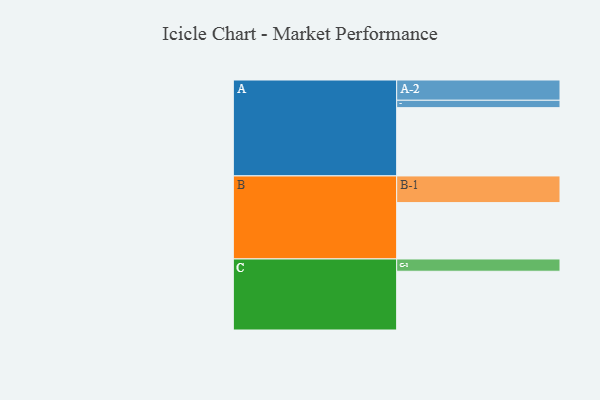
{"axis": {"x": "Segment", "y": "Value"}, "legend": ["", "A", "B", "C"], "data": [{"x": "A", "y": 573, "type": ""}, {"x": "B", "y": 473, "type": ""}, {"x": "C", "y": 493, "type": ""}, {"x": "A-1", "y": 62, "type": "A"}, {"x": "A-2", "y": 170, "type": "A"}, {"x": "B-1", "y": 224, "type": "B"}, {"x": "C-1", "y": 103, "type": "C"}]}